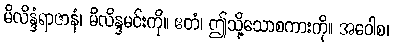
မိလိန္ဒံရာဇာနံ၊ မိလိန္ဒမင်းကို။ ဧတံ၊ ဤသို့သောစကားကို။ အဝေါစ၊